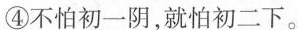
④不怕初一阴，就怕初二下。